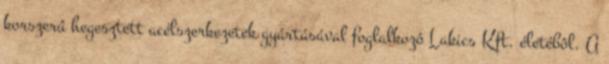
korszerû hegesztett acélszerkezetek gyártásával foglalkozó Lakics Kft. életébôl. A